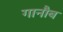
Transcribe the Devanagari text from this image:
गानौब